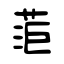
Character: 菃